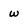
Character: w